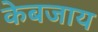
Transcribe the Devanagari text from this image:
केबजाय